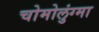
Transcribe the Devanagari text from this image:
चोमोलुंग्मा